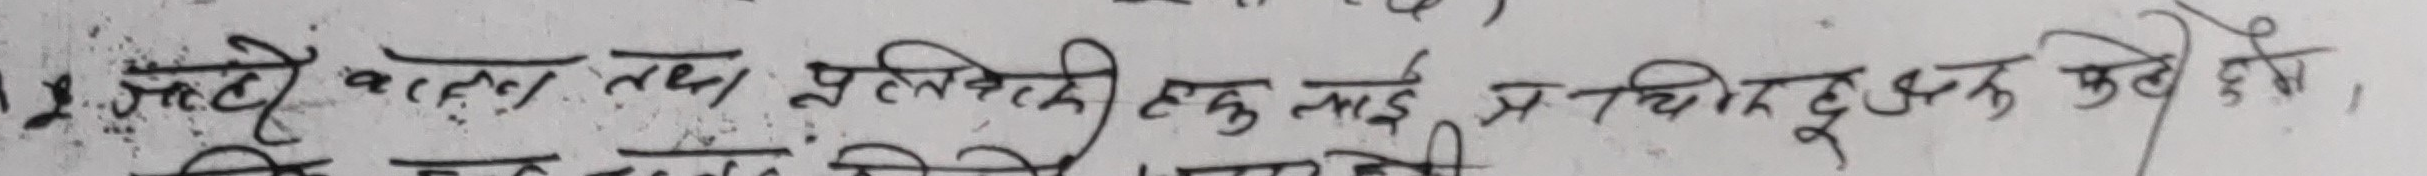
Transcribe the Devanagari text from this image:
जबटे बल्ला तथा प्रतिबन्धकी एक लाई प्रतिपादकले छेतने ।